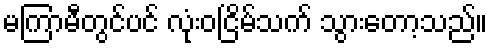
မကြာမီတွင်ပင် လုံးဝငြိမ်သက် သွားတော့သည်။